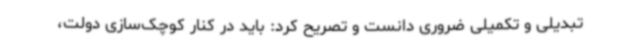
تبدیلی و تکمیلی ضروری دانست و تصریح کرد: باید در کنار کوچک‌سازی دولت،